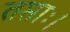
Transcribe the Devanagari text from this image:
तप्ताः।